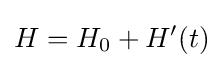
H=H_{0}+H'(t)